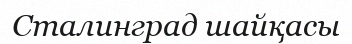
Сталинград шайқасы